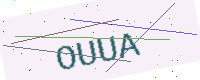
Text: OUUA